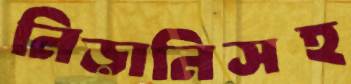
নিড়ানিসহ